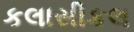
કલાસીકલ